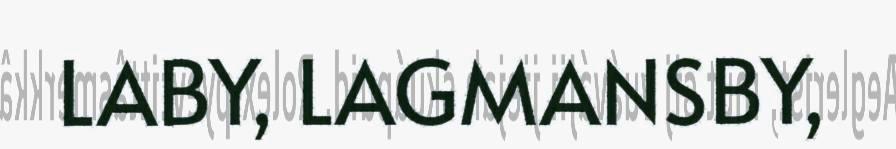
LABY, LAGMANSBY,